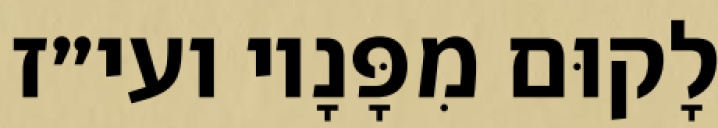
לָקוּם מִפָּנָיו ועי״ז